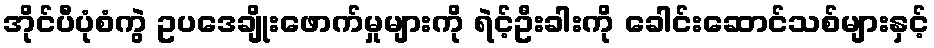
အိုင်ပီပုံစံကွဲ ဥပဒေချိုးဖောက်မှုများကို ရဲင့်ဦးခါးကို ခေါင်းဆောင်သစ်များနှင့်